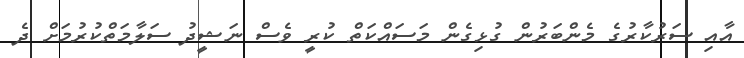
އާއި ސަރުކާރުގެ މެންބަރުން ގުޅިގެން މަސައްކަތް ކުރީ ވެސް ނަޝީދު ސަލާމަތްކުރުމަށް ދެ